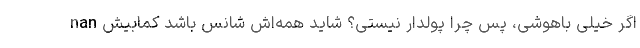
nan اگر خیلی باهوشی، پس چرا پولدار نیستی؟ شاید همه‌اش شانس باشد کمابیش